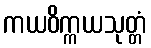
ကယဝိက္ကယသုတ္တံ